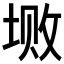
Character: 𱖼